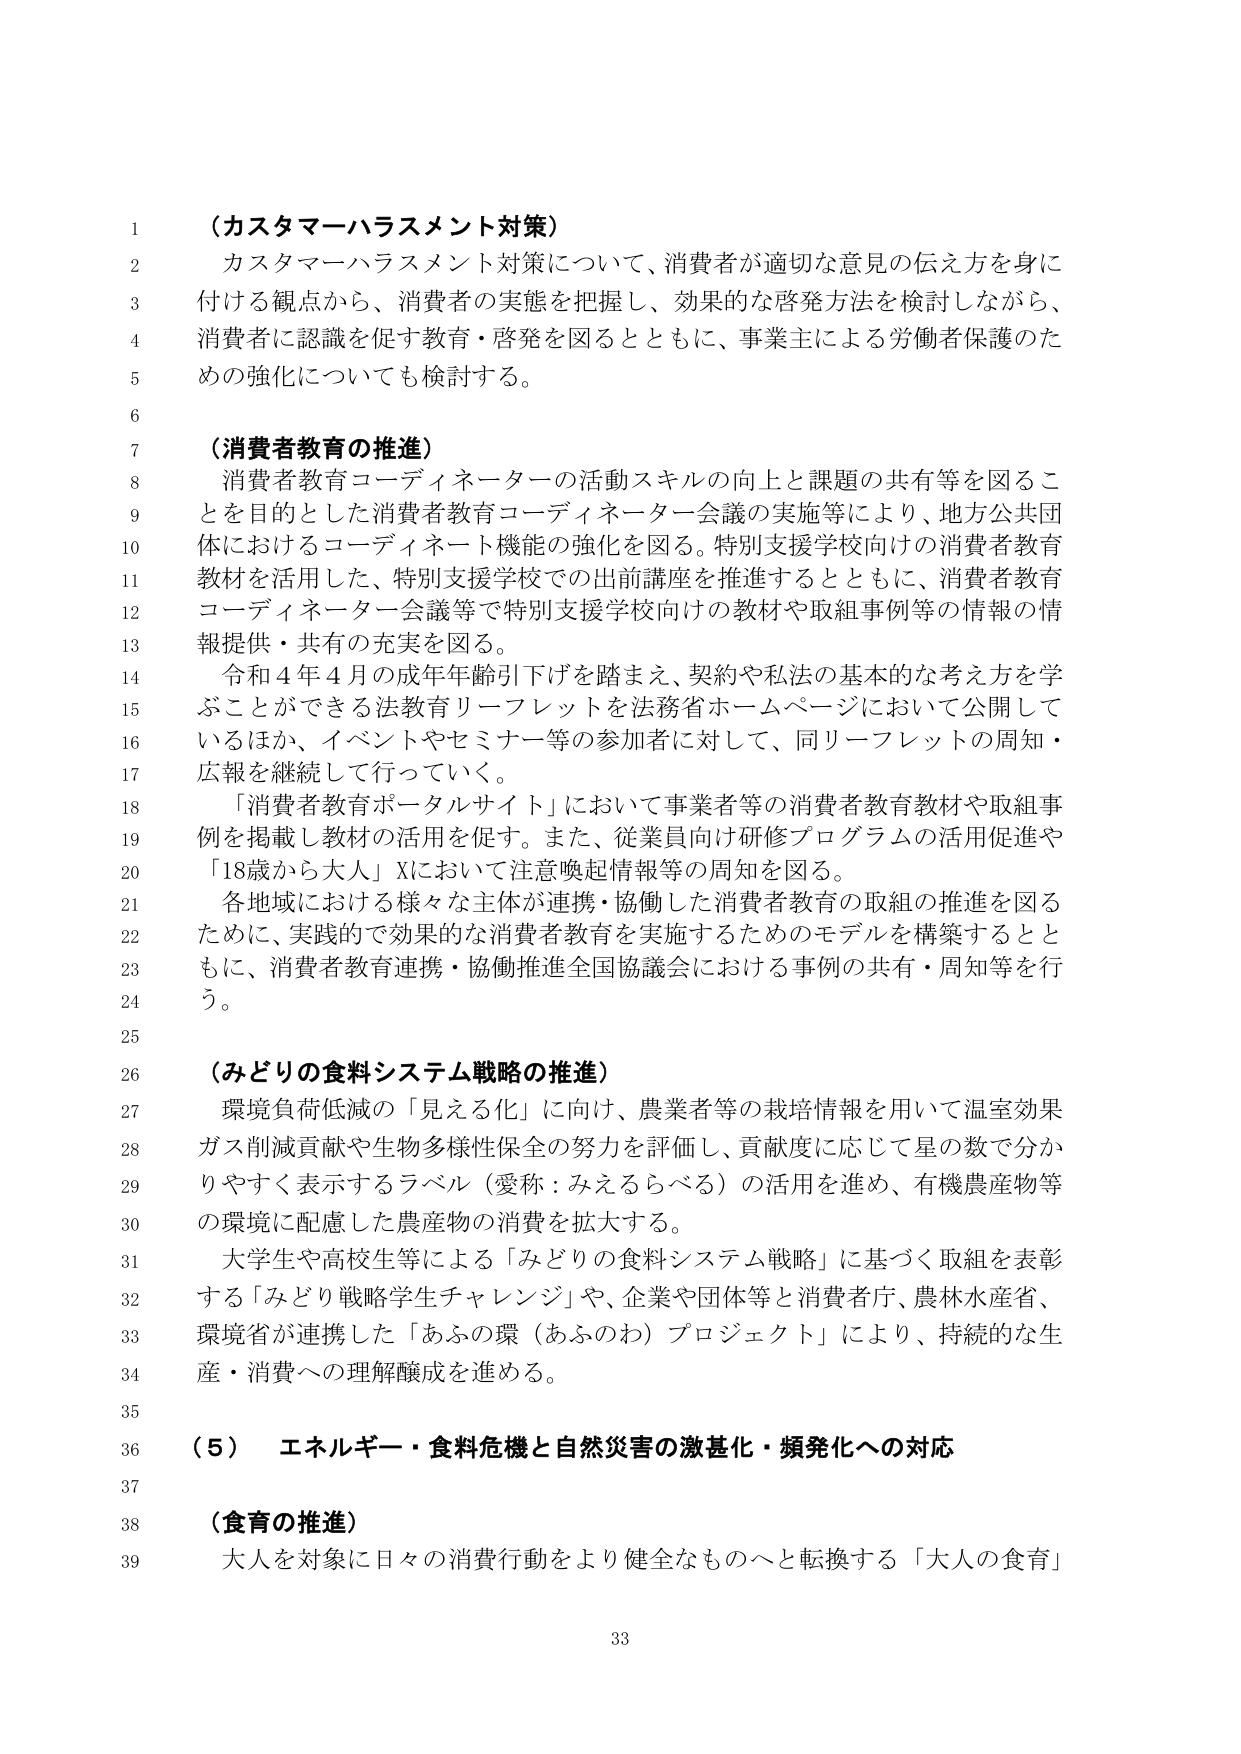
（カスタマーハラスメント対策）
カスタマーハラスメント対策について、消費者が適切な意見の伝え方を身に付ける観点から、消費者の実態を把握し、効果的な啓発方法を検討しながら、消費者に認識を促す教育・啓発を図るとともに、事業主による労働者保護のための強化についても検討する。

（消費者教育の推進）
消費者教育コーディネーターの活動スキルの向上と課題の共有等を図ることを目的とした消費者教育コーディネーター会議の実施等により、地方公共団体におけるコーディネート機能の強化を図る。特別支援学校向けの消費者教育教材を活用した、特別支援学校での出前講座を推進するとともに、消費者教育コーディネーター会議等で特別支援学校向けの教材や取組事例等の情報の情報提供・共有の充実を図る。
令和４年４月の成年年齢引下げを踏まえ、契約や私法の基本的な考え方を学ぶことができる法教育リーフレットを法務省ホームページにおいて公開しているほか、イベントやセミナー等の参加者に対して、同リーフレットの周知・広報を継続して行っていく。
「消費者教育ポータルサイト」において事業者等の消費者教育教材や取組事例を掲載し教材の活用を促す。また、従業員向け研修プログラムの活用促進や「18歳から大人」Xにおいて注意喚起情報等の周知を図る。
各地域における様々な主体が連携・協働した消費者教育の取組の推進を図るために、実践的で効果的な消費者教育を実施するためのモデルを構築するとともに、消費者教育連携・協働推進全国協議会における事例の共有・周知等を行う。

（みどりの食料システム戦略の推進）
環境負荷低減の「見える化」に向け、農業者等の栽培情報を用いて温室効果ガス削減貢献や生物多様性保全の努力を評価し、貢献度に応じて星の数で分かりやすく表示するラベル（愛称：みえるらべる）の活用を進め、有機農産物等の環境に配慮した農産物の消費を拡大する。
大学生や高校生等による「みどりの食料システム戦略」に基づく取組を表彰する「みどり戦略学生チャレンジ」や、企業や団体等と消費者庁、農林水産省、環境省が連携した「あふの環（あふのわ）プロジェクト」により、持続的な生産・消費への理解醸成を進める。

（５） エネルギー・食料危機と自然災害の激甚化・頻発化への対応

（食育の推進）
大人を対象に日々の消費行動をより健全なものへと転換する「大人の食育」

33